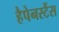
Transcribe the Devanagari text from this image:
हैपेनस्टैंस